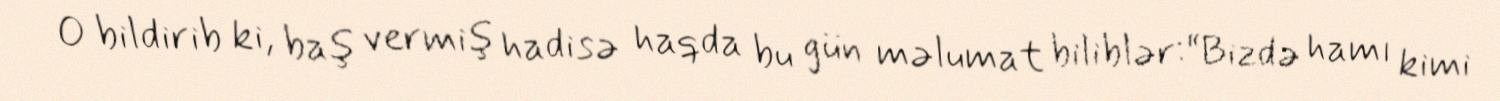
O bildirib ki, baş vermiş hadisə haqda bu gün məlumat biliblər:“Bizdə hamı kimi